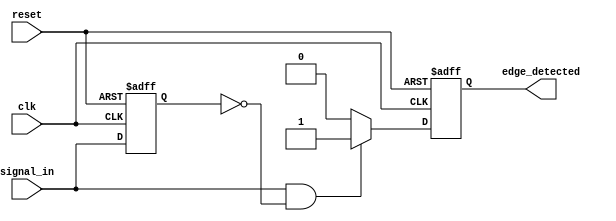
module edge_detector (
    input wire clk,                // Input signal to monitor (clock)
    input wire reset,              // Asynchronous reset signal
    input wire signal_in,          // Input signal to detect rising edge
    output reg edge_detected       // Output pulse indicating edge detection
);

// Internal signal to store the previous state of the input signal
reg signal_prev;

always @(posedge clk or posedge reset) begin
    if (reset) begin
        signal_prev <= 1'b0;         // Initialize previous state to 0 on reset
        edge_detected <= 1'b0;       // Clear output on reset
    end else begin
        // Edge detection logic
        if (signal_in && ~signal_prev) begin
            edge_detected <= 1'b1;    // Rising edge detected, output pulse high
        end else begin
            edge_detected <= 1'b0;     // No edge, output pulse low
        end
        
        // Update the previous state to the current state
        signal_prev <= signal_in;
    end
end

endmodule